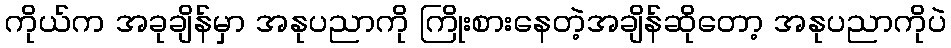
ကိုယ်က အခုချိန်မှာ အနုပညာကို ကြိုးစားနေတဲ့အချိန်ဆိုတော့ အနုပညာကိုပဲ